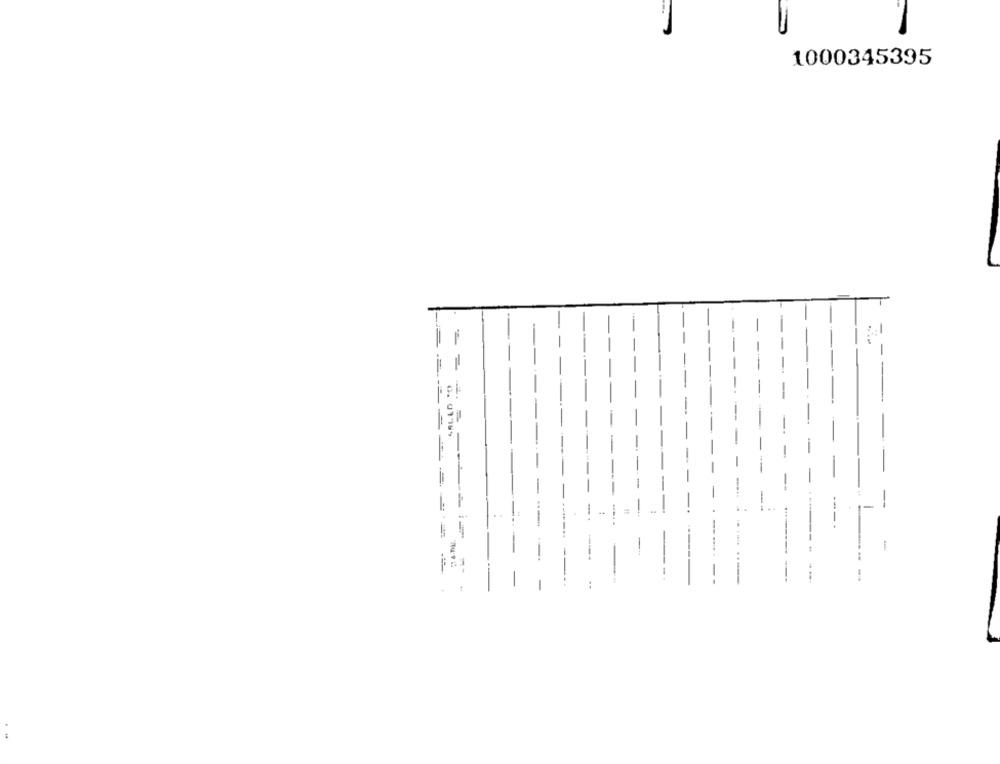
1000345395
-
--------
-
-
: